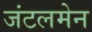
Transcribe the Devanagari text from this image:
जंटलमेन